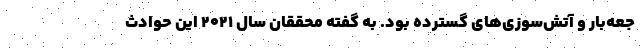
جعه‌بار و آتش‌سوزی‌های گسترده بود. به گفته محققان سال ۲۰۲۱ این حوادث